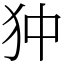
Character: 狆